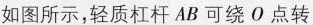
如图所示，轻质杠杆AB可绕O点转